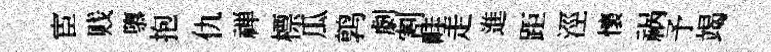
宦贱隳抱仇禅標瓜鹑劇割畦走進距涇懷祸予竭